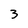
Character: 3